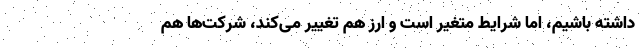
داشته باشیم، اما شرایط متغیر است و ارز هم تغییر می‌کند، شرکت‌ها هم